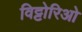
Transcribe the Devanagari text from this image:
विट्टोरिओ